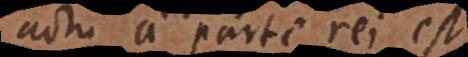
actu a parte rei est.